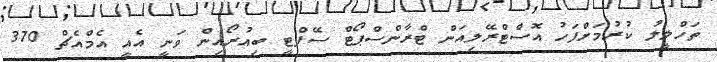
ތަހްލީލު ކުރުމަށްފަހު އޮސްޓްރޭލިއަން ޓްރާންސްޕޯޓް ސޭފްޓީ ބިއުރޯއިން ވަނީ އެއީ އެމްއެޗް 370